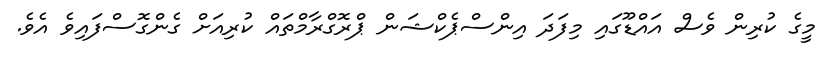
މީގެ ކުރިން ވެސް އައްޑޫގައި މިފަދަ އިންސްޕެކްޝަން ޕްރޮގްރާމްތައް ކުރިއަށް ގެންގޮސްފައިވެ އެވެ.